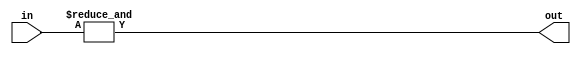
module n_input_and #(parameter N=2)(
    input [N-1:0] in,
    output out
);

assign out = &in;

endmodule